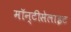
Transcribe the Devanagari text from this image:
मॉन्टीसेलाइट